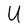
Character: U